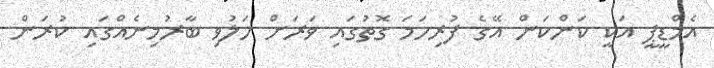
އެމްޑީޕީ އަކީ ކަންކަން އޭގެ ފުރިހަމަ ގޮތުގައި ވަރަށް ހަލުވި ބާރުމިނެއްގައި ކުރަން